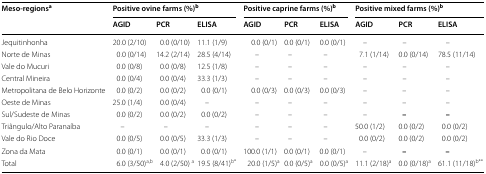
| <ROWSPAN=2> Meso-regionsa | <COLSPAN=3> Positive ovine farms (%)b | <COLSPAN=3> Positive caprine farms (%)b | <COLSPAN=3> Positive mixed farms (%)b |
 | AGID | PCR | ELISA | AGID | PCR | ELISA | AGID | PCR | ELISA |
 | --- | --- | --- | --- | --- | --- | --- | --- | --- | --- |
 | Jequitinhonha | 20.0 (2/10) | 0.0 (0/10) | 11.1 (1/9) | 0.0 (0/1) | 0.0 (0/1) | 0.0 (0/1) | – | – | – |
 | Norte de Minas | 0.0 (0/14) | 14.2 (2/14) | 28.5 (4/14) | – | – | – | 7.1 (1/14) | 0.0 (0/14) | 78.5 (11/14) |
 | Vale do Mucuri | 0.0 (0/8) | 0.0 (0/8) | 12.5 (1/8) | – | – | – | – | – | – |
 | Central Mineira | 0.0 (0/4) | 0.0 (0/4) | 33.3 (1/3) | – | – | – | – | – | – |
 | Metropolitana de Belo Horizonte | 0.0 (0/2) | 0.0 (0/2) | 0.0 (0/1) | 0.0 (0/3) | 0.0 (0/3) | 0.0 (0/3) | – | – | – |
 | Oeste de Minas | 25.0 (1/4) | 0.0 (0/4) | – | – | – | – | – | – | – |
 | Sul/Sudeste de Minas | 0.0 (0/2) | 0.0 (0/2) | 0.0 (0/2) | – | – | – | – | – | – |
 | Triângulo/Alto Paranaíba | – | – | – | – | – | – | 50.0 (1/2) | 0.0 (0/2) | 0.0 (0/2) |
 | Vale do Rio Doce | 0.0 (0/5) | 0.0 (0/5) | 33.3 (1/3) | – | – | – | 0.0 (0/2) | 0.0 (0/2) | 0.0 (0/2) |
 | Zona da Mata | 0.0 (0/1) | 0.0 (0/1) | 0.0 (0/1) | 100.0 (1/1) | 0.0 (0/1) | 0.0 (0/1) | – | – | – |
 | Total | 6.0 (3/50)a,b | 4.0 (2/50) a | 19.5 (8/41)b* | 20.0 (1/5)a | 0.0 (0/5)a | 0.0 (0/5)a | 11.1 (2/18)a | 0.0 (0/18)a | 61.1 (11/18)b** |